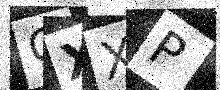
Text: CXXP